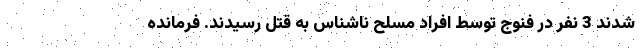
شدند 3 نفر در فنوج توسط افراد مسلح ناشناس به قتل رسیدند. فرمانده